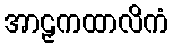
အာဠှကထာလိကံ